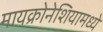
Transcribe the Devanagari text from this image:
मायक्रोनेशियामध्ये